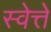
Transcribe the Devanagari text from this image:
स्वेत्ते